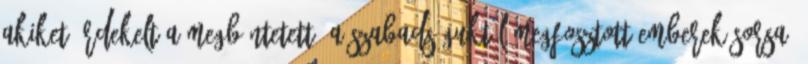
akiket érdekelt a megbüntetett, a szabadságuktól megfosztott emberek sorsa.